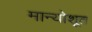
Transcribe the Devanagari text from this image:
मान्योशूत